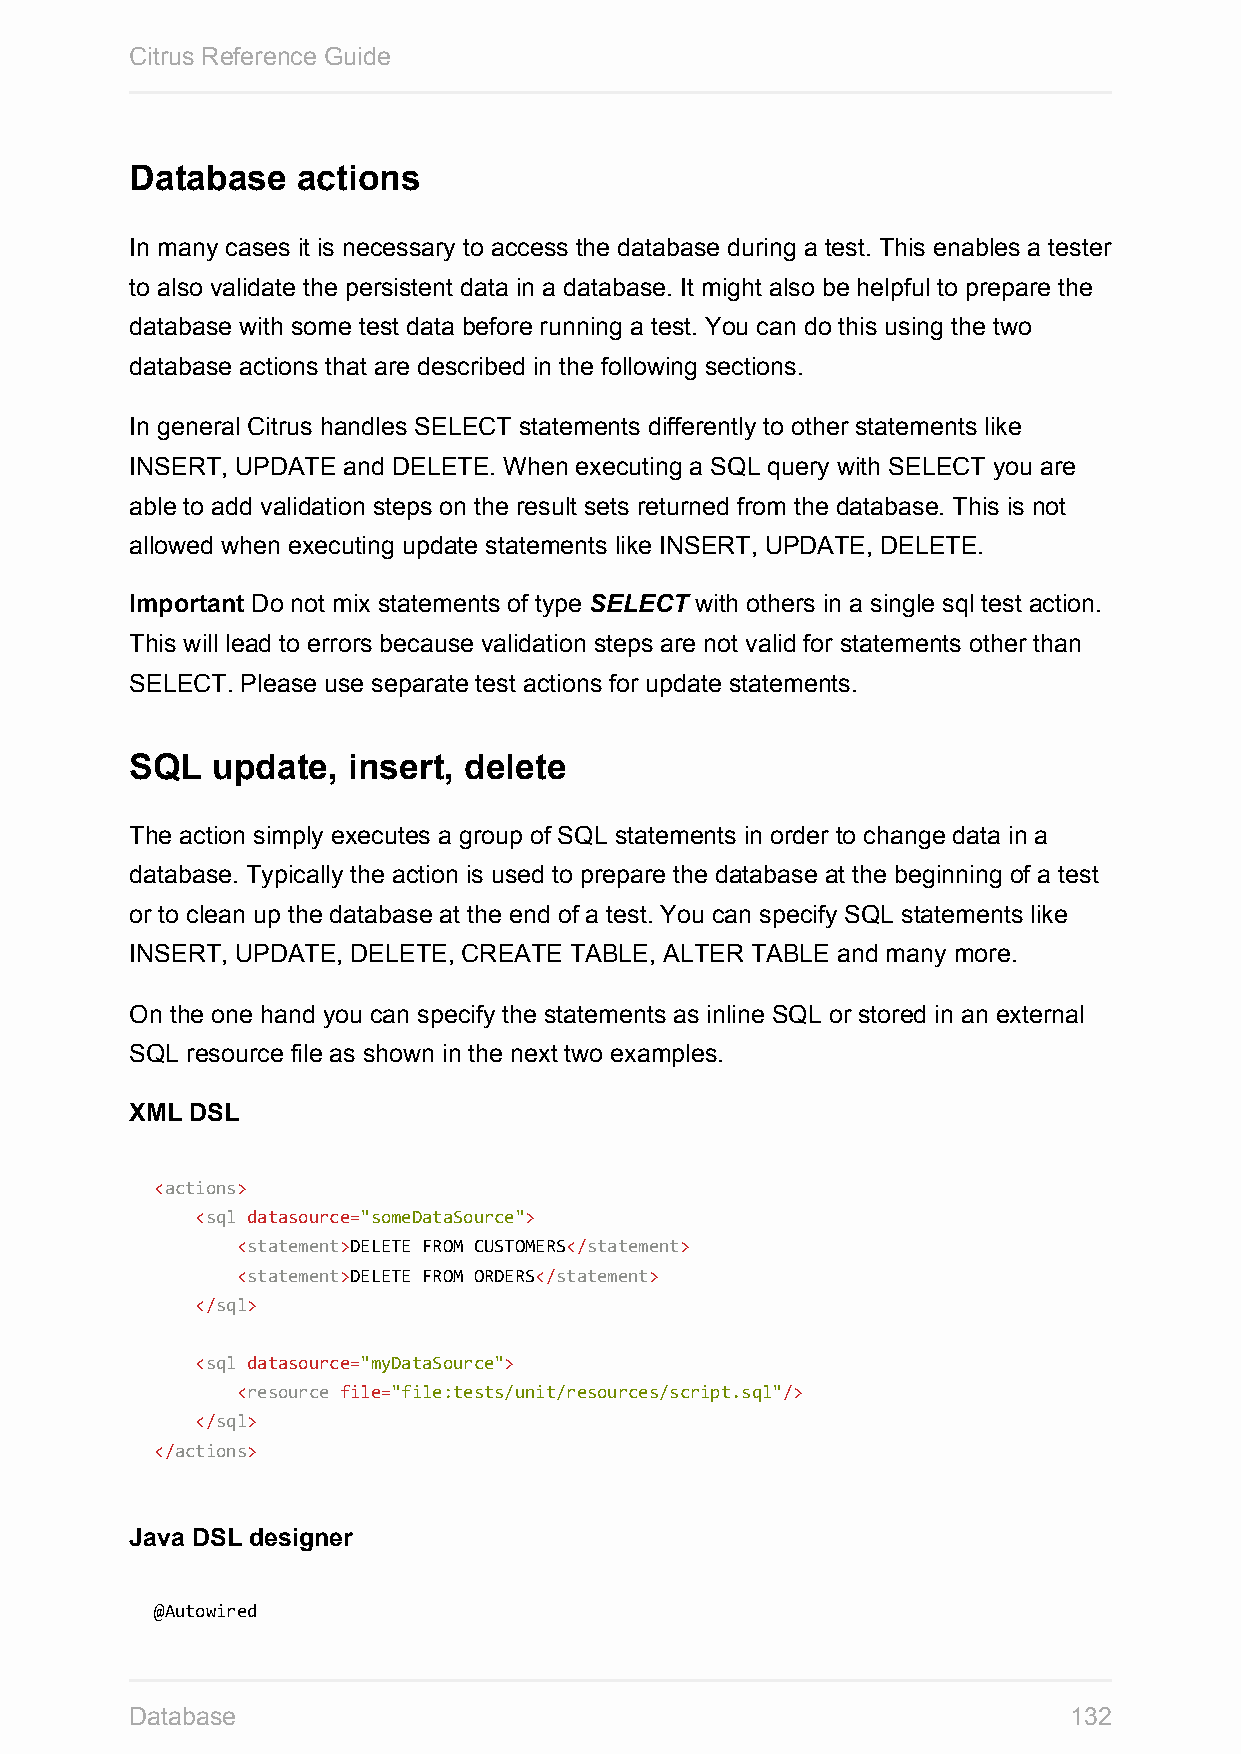
Citrus Reference Guide
 Database   actions
 In many cases it is necessary to access the database during a test. This enables a tester
 to also validate the persistent data in a database. It might also be helpful to prepare the
 database with some test data before running a test. You can do this using the two
 database actions that are described in the following sections.
 In general Citrus handles SELECT statements differently to other statements like
 INSERT, UPDATE and DELETE. When executing a SQL query with SELECT you are
 able to add validation steps on the result sets returned from the database. This is not
 allowed when executing update statements like INSERT, UPDATE, DELETE.
 Important Do not mix statements of type SELECT with others in a single sql test action.
 This will lead to errors because validation steps are not valid for statements other than
 SELECT. Please use separate test actions for update statements.
 SQL  update,  insert, delete
 The action simply executes a group of SQL statements in order to change data in a
 database. Typically the action is used to prepare the database at the beginning of a test
 or to clean up the database at the end of a test. You can specify SQL statements like
 INSERT, UPDATE, DELETE, CREATE TABLE, ALTER TABLE and many more.
 On the one hand you can specify the statements as inline SQL or stored in an external
 SQL resource file as shown in the next two examples.
 XML DSL
 <actions>
 <sql datasource="someDataSource">
 <statement>DELETE FROM CUSTOMERS</statement>
 <statement>DELETE FROM ORDERS</statement>
 </sql>
 <sql datasource="myDataSource">
 <resource file="file:tests/unit/resources/script.sql"/>
 </sql>
 </actions>
 Java DSL designer
 @Autowired
 Database                                                      132